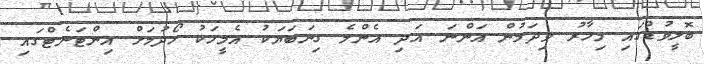
ބޮލީވުޑްގައި މިހާރު ވިދަމުން އަންނަ އަދި އެންމެ ގިނަބަޔަކު އެމީހަކު ހޯދުމަށް އިންޓަނެޓްގައި